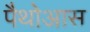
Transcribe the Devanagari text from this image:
पैथोआस